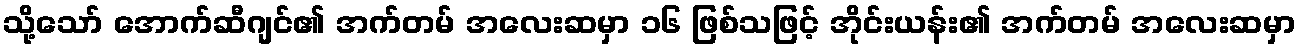
သို့သော် အောက်ဆီဂျင်၏ အက်တမ် အလေးဆမှာ ၁၆ ဖြစ်သဖြင့် အိုင်းယန်း၏ အက်တမ် အလေးဆမှာ